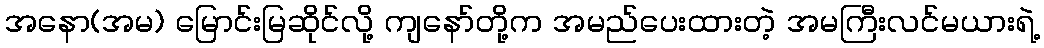
အနော(အမ) မြောင်းမြဆိုင်လို့ ကျနော်တို့က အမည်ပေးထားတဲ့ အမကြီးလင်မယားရဲ့